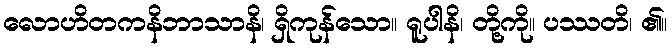
လောဟိတကနိဘာသာနိ၊ ရှိကုန်သော။ ရူပါနိ၊ တို့ကို။ ပဿတိ၊ ၏။